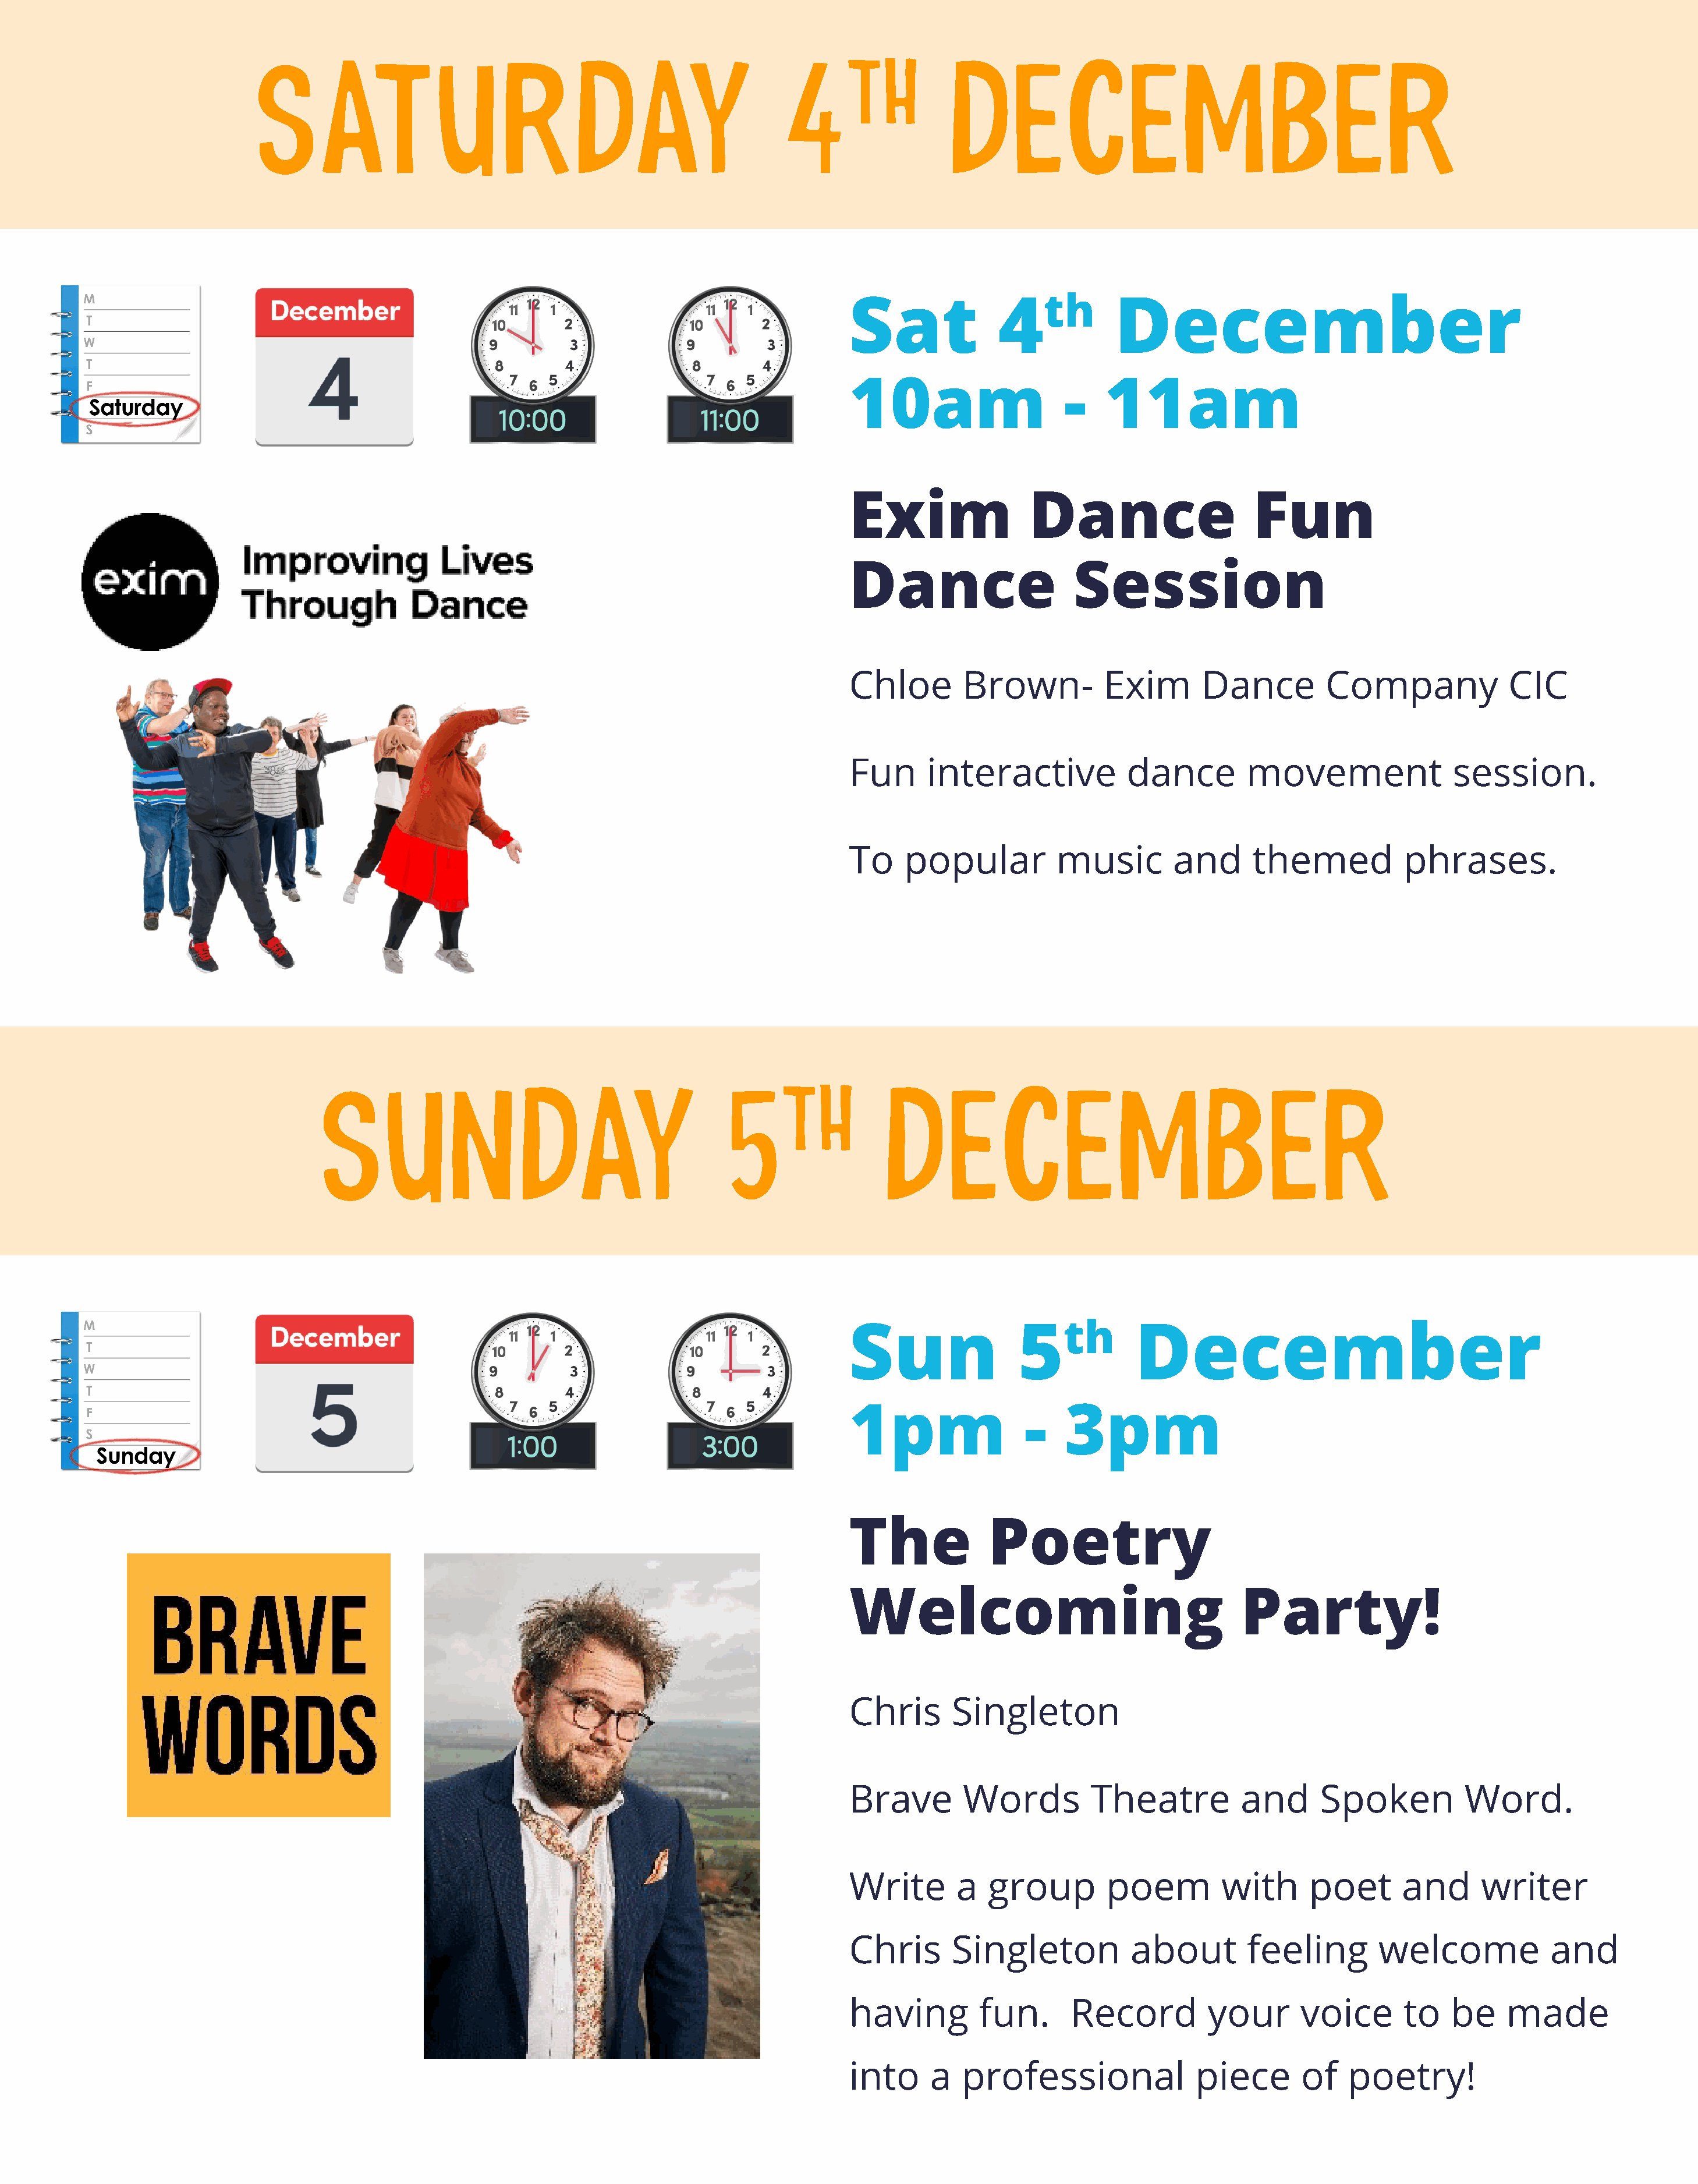
SATURDAY                                                    4TH                DECEMBER
 Sat              4th          December
 10am                    -    11am
 Exim                Dance                     Fun
 Dance                    Session
 Chloe       Brown-          Exim        Dance         Company              CIC
 Fun     interactive            dance         movement               session.
 To    popular          music        and      themed            phrases.
 SUNDAY                                         5TH              DECEMBER
 Sun                5th          December
 1pm                -    3pm
 The            Poetry
 Welcoming                                   Party!
 Chris      Singleton
 Brave        Words         Theatre          and      Spoken           Word.
 Write       a  group         poem         with      poet      and      writer
 Chris      Singleton            about        feeling        welcome            and
 having        fun.       Record         your       voice       to   be    made
 into     a  professional               piece       of   poetry!